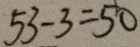
5 3 - 3 = 5 0